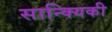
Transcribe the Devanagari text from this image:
सान्क्यिकी